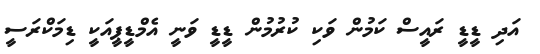
އަދި ޑީޑީ ރައީސް ކަމުން ވަކި ކުރުމުން ޑީޑީ ވަނީ އެމްޑީޕީއަކީ ޑިމަކްރަސީ